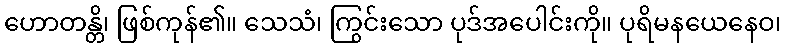
ဟောတန္တိ၊ ဖြစ်ကုန်၏။ သေသံ၊ ကြွင်းသော ပုဒ်အပေါင်းကို။ ပုရိမနယေနေဝ၊